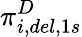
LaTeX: \pi_{i,del,1s}^{D}